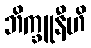
ဘိက္ခူနီဟိ